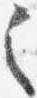
之